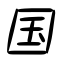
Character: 国